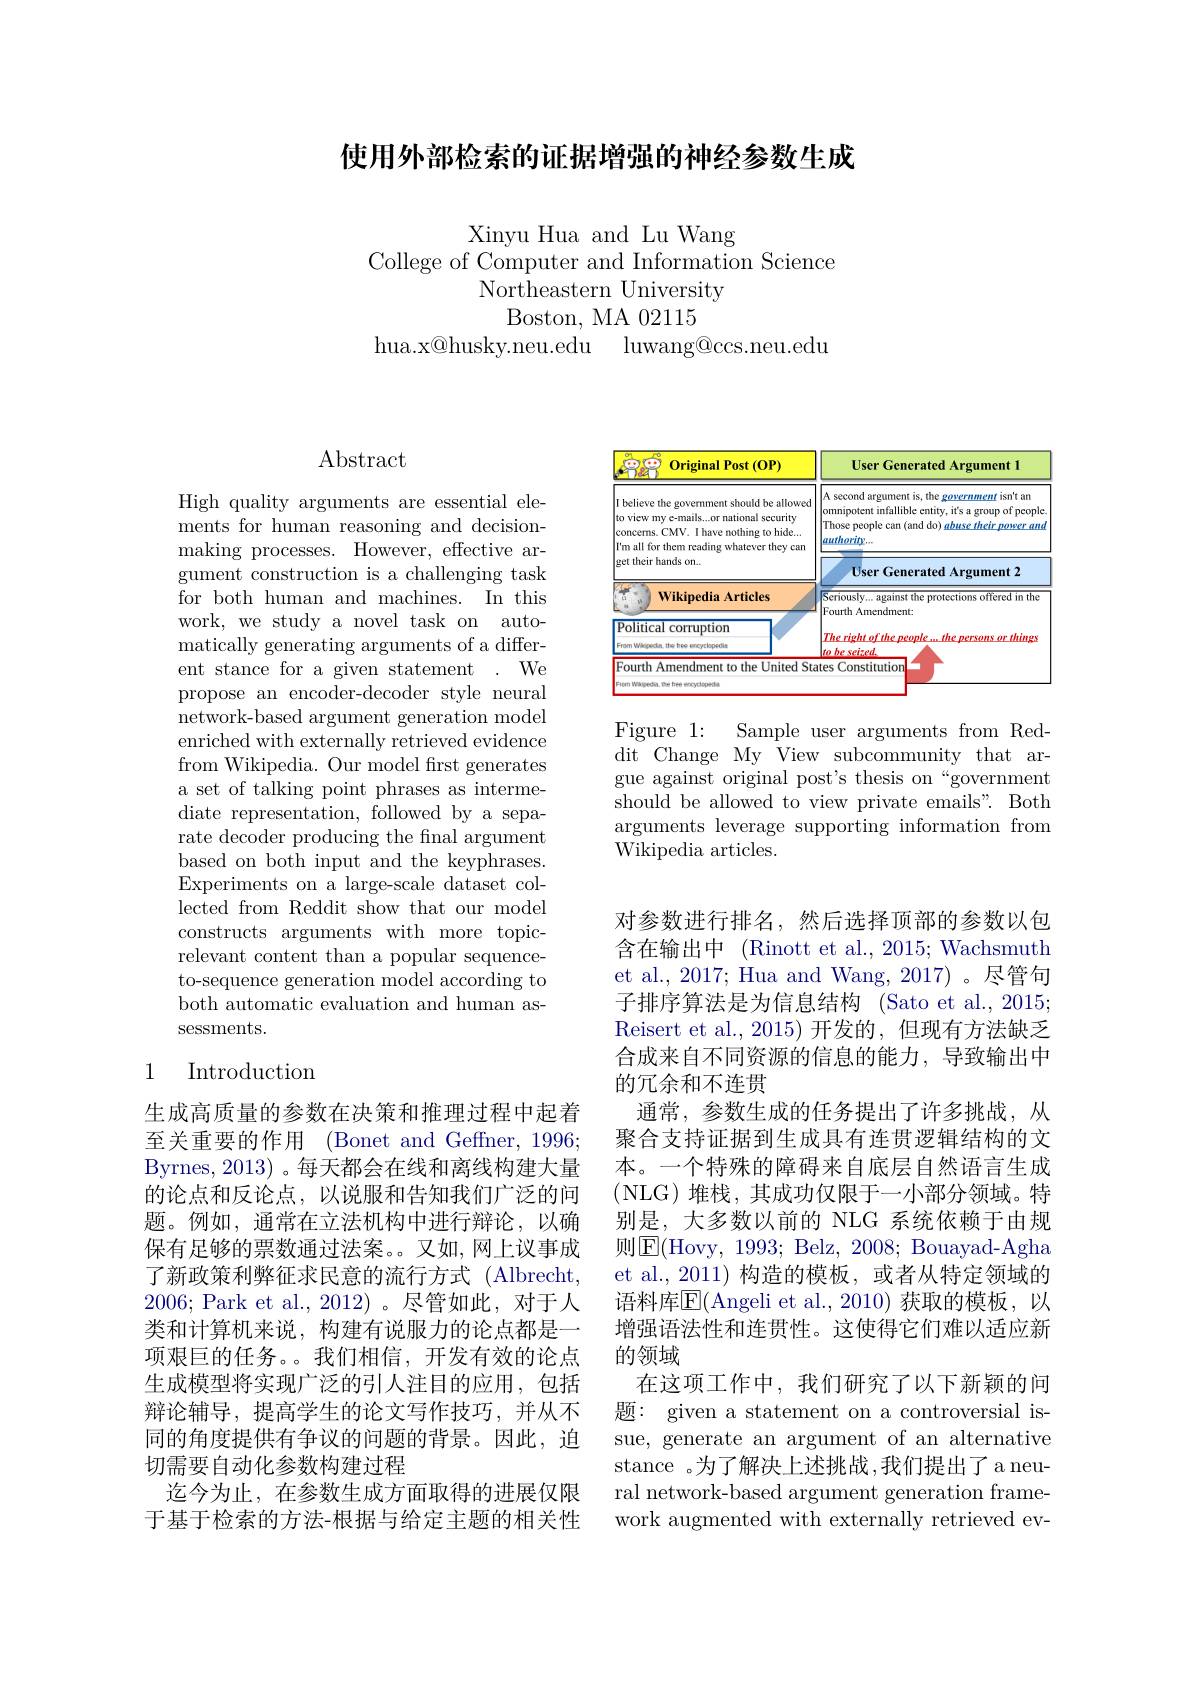
使用外部检索的证据增强的神经参数生成

Xinyu Hua and Lu Wang
College of Computer and Information Science
Northeastern University
Boston, MA 02115
hua.x@husky.neu.edu luwang@ccs.neu.edu

## $\operatorname{Abstract}$

High quality arguments are essential elements for human reasoning and decisionmaking processes. However, effective argument construction is a challenging task for both human and machines. In this work, we study a novel task on automatically generating arguments of a different stance for a given statement . We propose an encoder-decoder style neural ${\mathrm{network-based~argument~generation~model}}$ enriched with externally retrieved evidence from Wikipedia. Our model first generates a set of talking point phrases as intermediate representation, followed by a separate decoder producing the final argument based on both input and the keyphrases. Experiments on a large-scale dataset collected from Reddit show that our model constructs arguments with more topicrelevant content than a popular sequenceto-sequence generation model according to both automatic evaluation and human assessments.

## 1 Introduction

生成高质量的参数在决策和推理过程中起着至关重要的作用 (Bonet and Geffner, 1996; Byrnes, 2013) 。每天都会在线和离线构建大量的论点和反论点，以说服和告知我们广泛的问题。例如，通常在立法机构中进行辩论，以确保有足够的票数通过法案。又如，网上议事成了新政策利弊征求民意的流行方式 (Albrecht, 2006;Park et al.,2012)。尽管如此，对于人类和计算机来说，构建有说服力的论点都是一项艰巨的任务。。我们相信，开发有效的论点生成模型将实现广泛的引人注目的应用，包括辩论辅导，提高学生的论文写作技巧，并从不同的角度提供有争议的问题的背景。因此，迫切需要自动化参数构建过程
迄今为止，在参数生成方面取得的进展仅限于基于检索的方法-根据与给定主题的相关性

<FigureHere>

Figure 1: Sample user arguments from Reddit Change My View subcommunity that argue against original post's thesis on“government should be allowed to view private emails". Both arguments leverage supporting information from Wikipedia articles.

对参数进行排名，然后选择顶部的参数以包含在输出中 (Rinott et al., 2015; Wachsmuth et al., 2017; Hua and Wang, 2017)。尽管句子排序算法是为信息结构 (Sato et al., 2015; Reisert et al.,2015)开发的，但现有方法缺乏合成来自不同资源的信息的能力，导致输出中的冗余和不连贯
通常，参数生成的任务提出了许多挑战，从聚合支持证据到生成具有连贯逻辑结构的文本。一个特殊的障碍来自底层自然语言生成(NLG)堆栈，其成功仅限于一小部分领域。特别是，大多数以前的 NLG 系统依赖于由规则$\operatorname{E}($Hovy, 1993; Belz, 2008; Bouayad-Agha et al., 2011) 构造的模板，或者从特定领域的语料库$\overline{\mathrm{E}}($Angeli et al.,2010)获取的模板，以增强语法性和连贯性。这使得它们难以适应新的领域
在这项工作中，我们研究了以下新颖的问题：given a statement on a controversial issue, generate an argument of an alternative stance 。为了解决上述挑战，我们提出了a neural network-based argument generation framework augmented with externally retrieved ev-